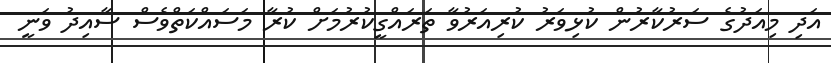
އަދި މިއަދުގެ ސަރުކާރުން ކުޅިވަރު ކުރިއަރުވާ ތަރައްގީކުރުމަށް ކުރާ މަސައްކަތްވެސް ސާއިދު ވަނީ